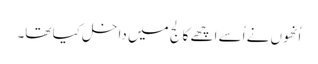
اُنھوں نے اُسے اچھے کالج میں داخل کیا تھا۔